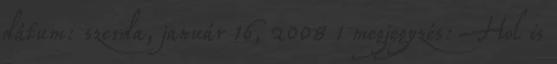
dátum: szerda, január 16, 2008 1 megjegyzés: Hol is